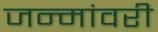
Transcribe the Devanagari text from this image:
जन्मांवरी